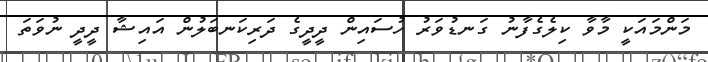
މަންމައަކީ މާވާ ކިލެގެފާނު ގަނޑުވަރު ހުސައިން ދީދީގެ ދަރިކަނބަލުން އައިޝާ ދީދީ ނުވަތަ